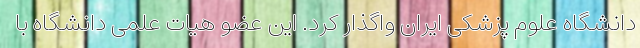
دانشگاه علوم پزشکی ایران واگذار کرد. این عضو هیات علمی دانشگاه با